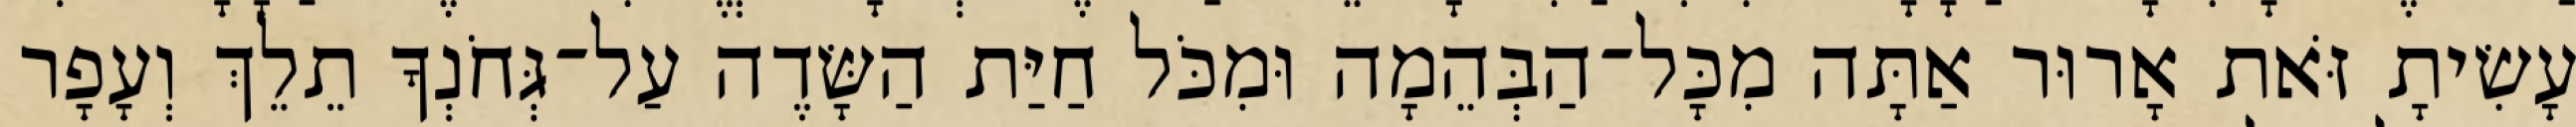
עָשִׂיתָ זֹּאת אָרוּר אַתָּה מִכָּל־הַבְּהֵמָה וּמִכֹּל חַיַּת הַשָּׂדֶה עַל־גְּחֹנְךָ תֵלֵךְ וְעָפָר